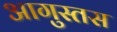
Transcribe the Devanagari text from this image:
आगुस्तस